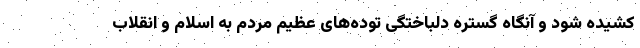
کشیده شود و آنگاه گستره دلباختگی توده‌های عظیم مردم به اسلام و انقلاب